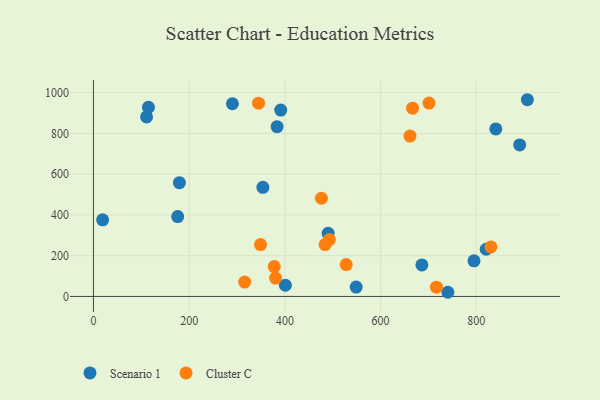
{"axis": {"x": "Ad Spend", "y": "Sales"}, "legend": ["Cluster C", "Scenario 1"], "data": [{"x": "179.6", "y": 558.3, "type": "Scenario 1"}, {"x": "19.2", "y": 375.8, "type": "Scenario 1"}, {"x": "401.0", "y": 55.0, "type": "Scenario 1"}, {"x": "114.9", "y": 928.4, "type": "Scenario 1"}, {"x": "490.4", "y": 309.5, "type": "Scenario 1"}, {"x": "354.0", "y": 535.3, "type": "Scenario 1"}, {"x": "820.6", "y": 231.5, "type": "Scenario 1"}, {"x": "290.4", "y": 945.4, "type": "Scenario 1"}, {"x": "906.6", "y": 965.2, "type": "Scenario 1"}, {"x": "740.5", "y": 20.5, "type": "Scenario 1"}, {"x": "176.0", "y": 391.9, "type": "Scenario 1"}, {"x": "840.7", "y": 822.1, "type": "Scenario 1"}, {"x": "795.1", "y": 174.7, "type": "Scenario 1"}, {"x": "686.2", "y": 154.9, "type": "Scenario 1"}, {"x": "890.5", "y": 743.5, "type": "Scenario 1"}, {"x": "391.3", "y": 914.3, "type": "Scenario 1"}, {"x": "383.7", "y": 833.2, "type": "Scenario 1"}, {"x": "548.9", "y": 45.8, "type": "Scenario 1"}, {"x": "111.0", "y": 881.0, "type": "Scenario 1"}, {"x": "492.9", "y": 278.9, "type": "Cluster C"}, {"x": "380.5", "y": 90.1, "type": "Cluster C"}, {"x": "830.5", "y": 243.0, "type": "Cluster C"}, {"x": "484.0", "y": 254.5, "type": "Cluster C"}, {"x": "661.3", "y": 786.8, "type": "Cluster C"}, {"x": "701.1", "y": 949.0, "type": "Cluster C"}, {"x": "349.1", "y": 254.7, "type": "Cluster C"}, {"x": "476.3", "y": 481.9, "type": "Cluster C"}, {"x": "666.7", "y": 923.5, "type": "Cluster C"}, {"x": "316.0", "y": 70.6, "type": "Cluster C"}, {"x": "377.8", "y": 146.4, "type": "Cluster C"}, {"x": "716.6", "y": 45.6, "type": "Cluster C"}, {"x": "345.0", "y": 948.1, "type": "Cluster C"}, {"x": "528.1", "y": 156.5, "type": "Cluster C"}]}